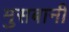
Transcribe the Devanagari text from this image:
मुसबानी